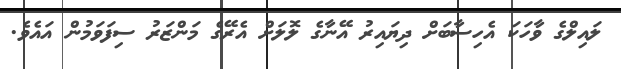
ލައިލްގެ ވާހަކަ އެހިސާބަށް ދިޔައިރު އޭނާގެ ލޮލަށް އެރޭގެ މަންޒަރު ސިފަވަމުން އައެވެ.